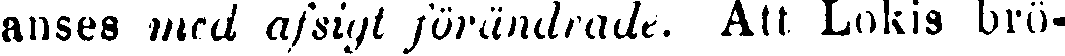
anses med afsigt förändrade. Att Lokis brö-